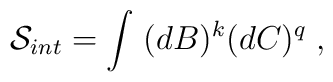
\mathcal{S}_{int}=\int \;(dB)^k(dC)^q\;,